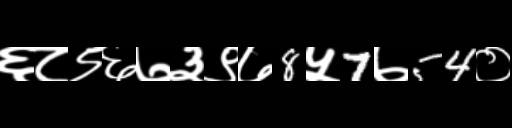
Text: ६८९६७३९७8५7७54०